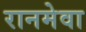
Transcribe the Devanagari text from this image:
रानमेवा